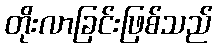
တိုးလာခြင်းဖြစ်သည်